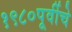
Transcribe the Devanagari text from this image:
१९८०पूर्वीचे